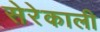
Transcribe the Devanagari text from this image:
सेरेकाली